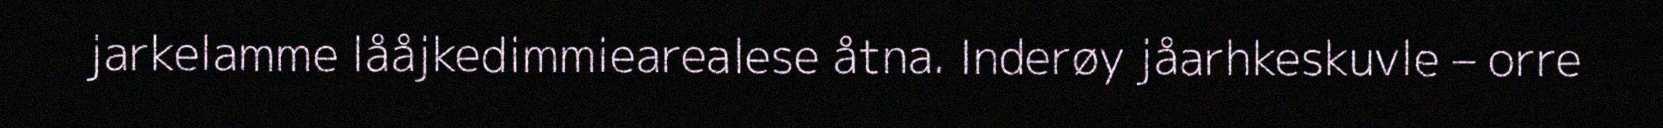
jarkelamme lååjkedimmiearealese åtna. Inderøy jåarhkeskuvle – orre